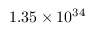
1 . 3 5 \times 1 0 ^ { 3 4 }